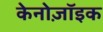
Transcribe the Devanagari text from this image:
केनोज़ॉइक